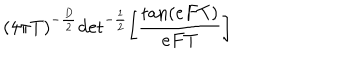
( 4 \pi T ) ^ { - { \frac { D } { 2 } } } \mathrm { d e t } ^ { - { \frac { 1 } { 2 } } } \biggl [ { \frac { \mathrm { t a n } ( e F T ) } { e F T } } \biggr ] \quad \,